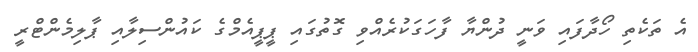
އެ ތަކެތި ހޯދާފައި ވަނީ ދުންޔާ ފާހަގަކުރެއްވި ގޮތުގައި ޕީޕީއެމްގެ ކައުންސިލާއި ޕާލިމެންޓްރީ